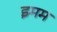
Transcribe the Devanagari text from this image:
इमम